NAE_ERA_R-2324_Eesti_Vabariigi_Pohiseaduslik_Assamblee, lk 103
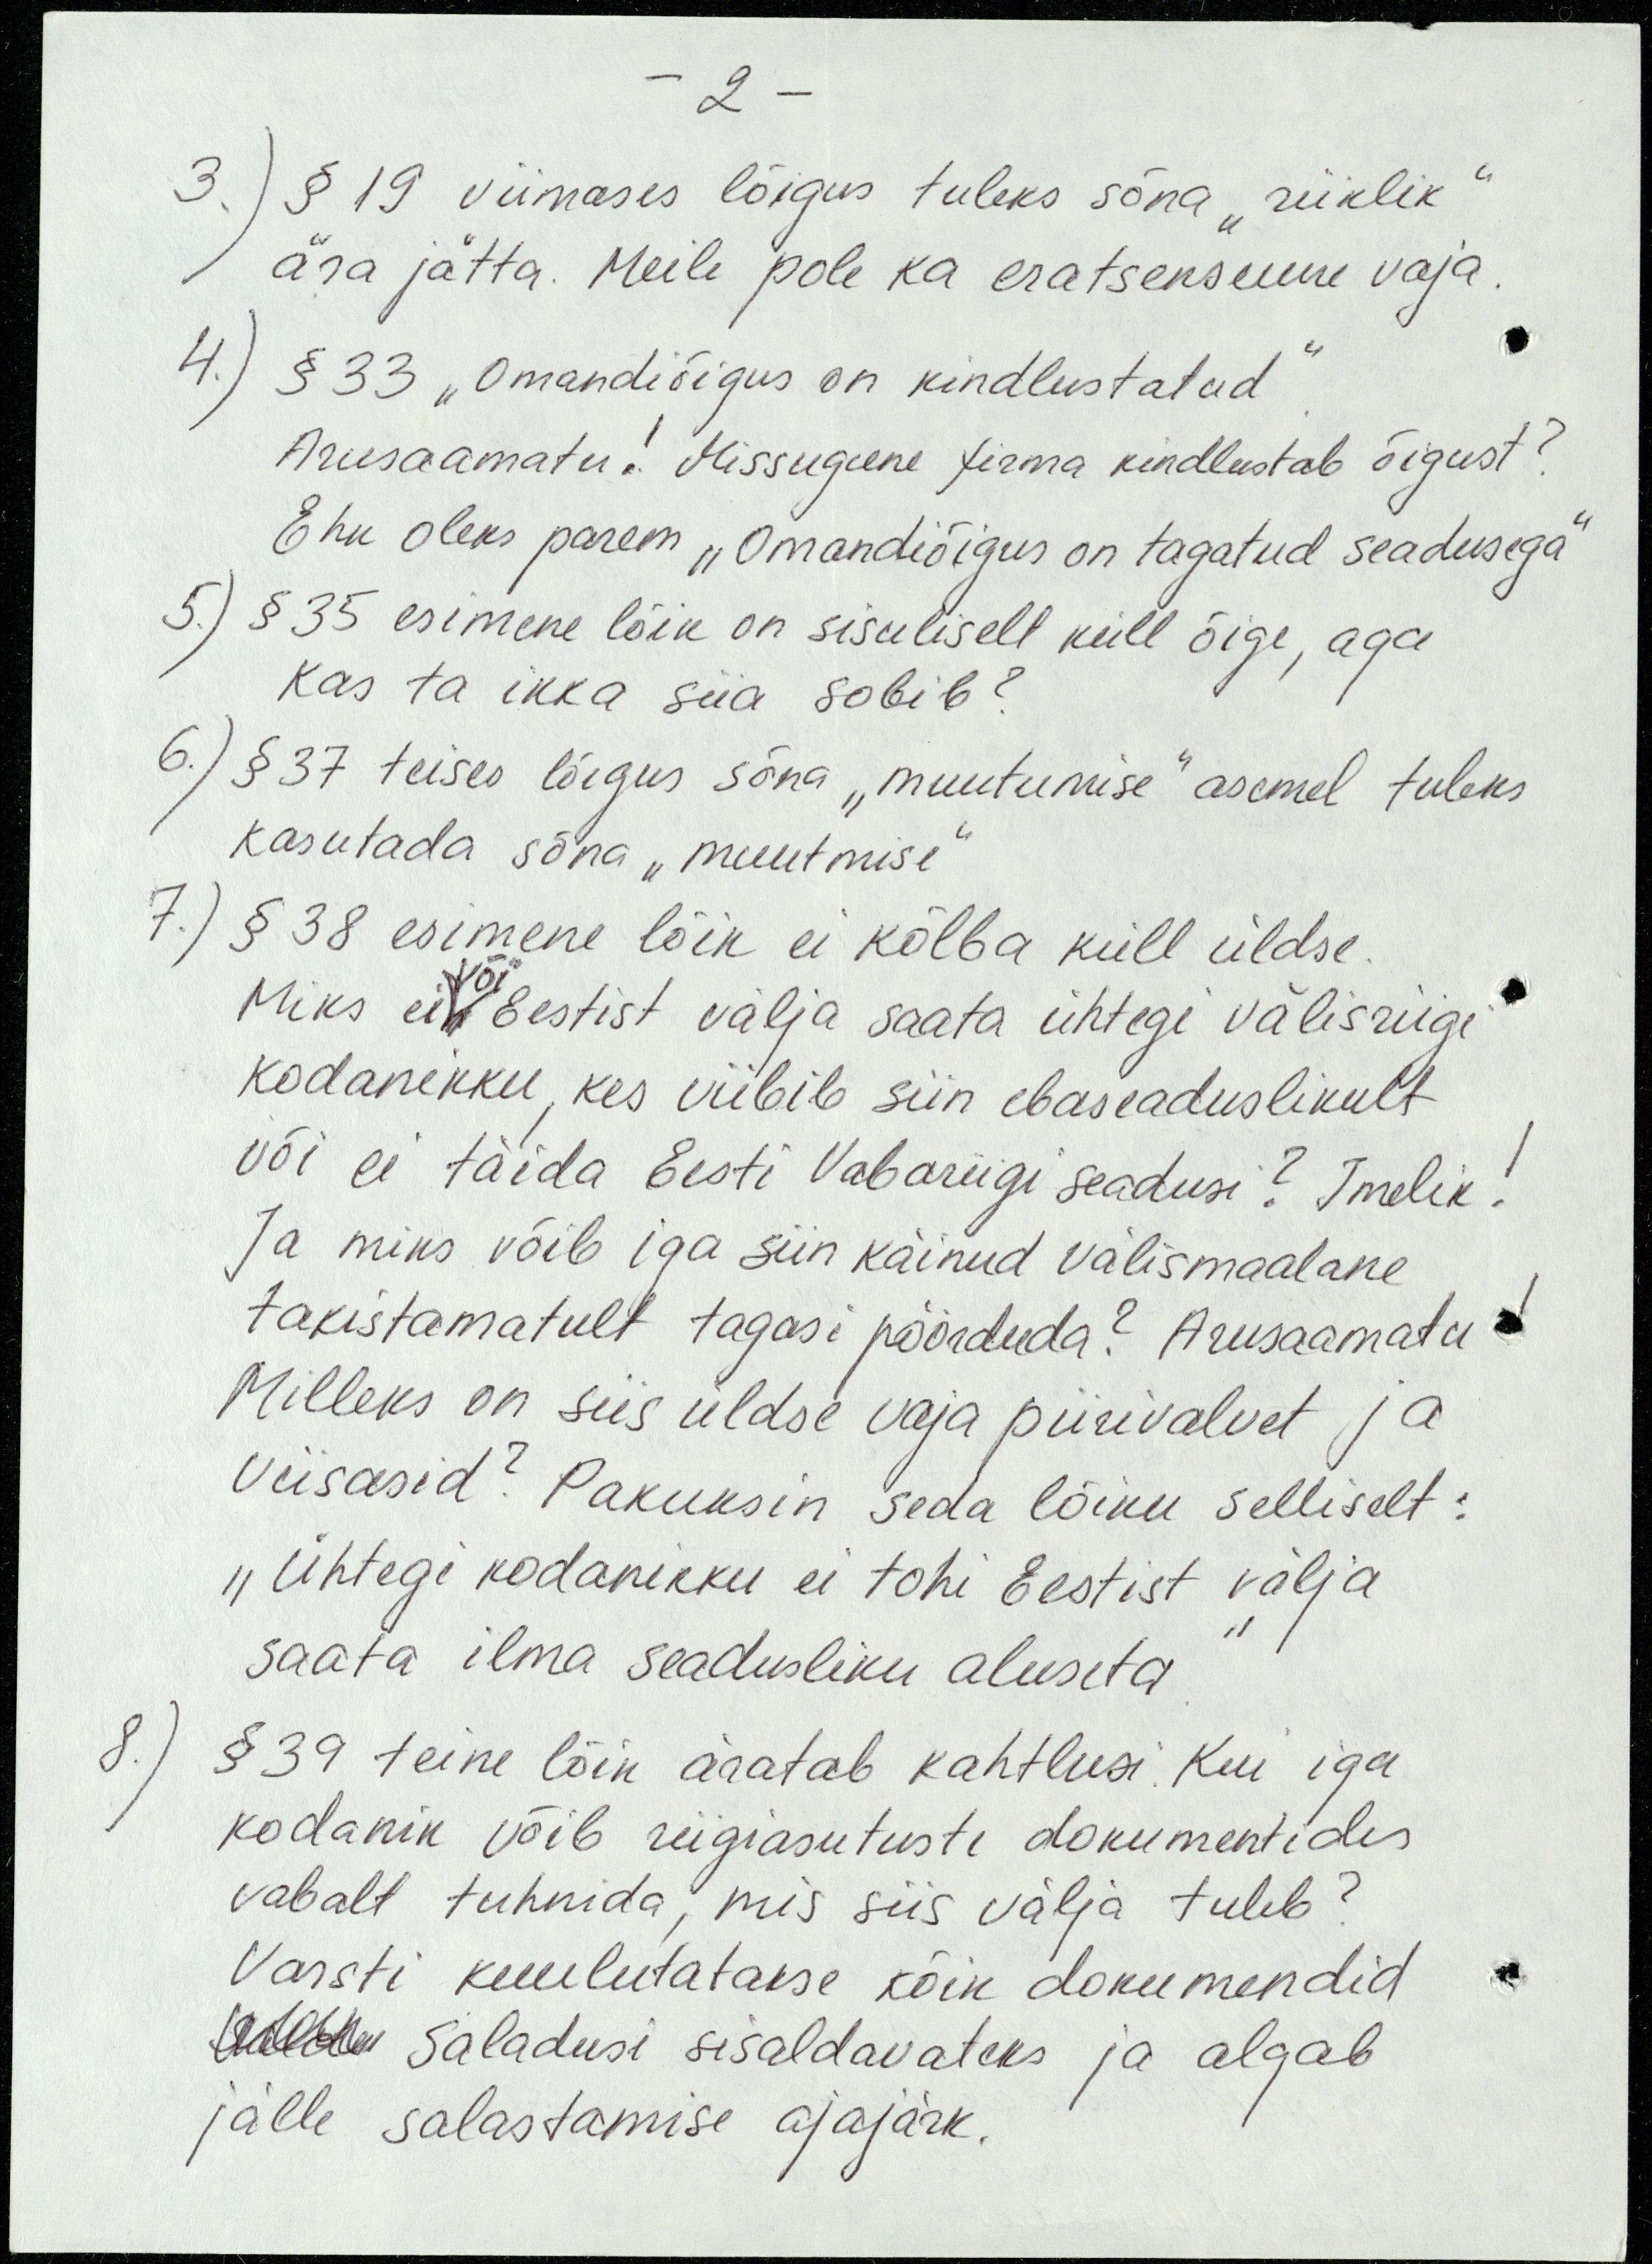
- 2 -
3.) § 19 viimases lõigus tuleks sõna "riiklik"
ära jätta. Meile pole ka eratsensuure vaja.
4.) § 33 "Omandiõigus on kindlustatud".
Arusaamatu! Missugune firma kindlustab õigust?
Ehk oleks parem "Omandiõigus on tagatud seadusega"
5.) § 35 esimene lõik on sisuliselt küll õige, aga
kas ta ikka siia sobib?
6.) § 37 teises lõigus sõna "muutumise" asemel tuleks
kasutada sõna "muutmise"
7.) § 38 esimene lõik ei kõlba küll üldse.
või
Miks ei Eestist välja saata ühtegi välisriigi
kodanikku, kes viibib siin ebaseaduslikult
või ei täida Eesti Vabariigi seadusi? Imelik!
Ja miks võib iga siin käinud välismaalane
takistamatult tagasi pöörduda? Arusaamatu!
Milleks on siis üldse vaja piirivalvet ja
viisasid? Pakuksin seda lõiku selliselt:
"Ühtegi kodanikku ei tohi Eestist välja
saata ilma seadusliku aluseta."
8.) § 39 teine lõik äratab kahtlusi. Kui iga
kodanik võib riigiasutuste dokumentides
vabalt tuhnida, mis siis välja tuleb?
Varsti kuulutatakse kõik dokumendid
Paldu saladusi sisaldavateks ja algab
jälle salastamise ajajärk.